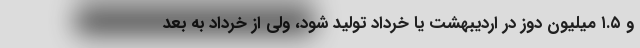
و ۱.۵ میلیون دوز در اردیبهشت یا خرداد تولید شود، ولی از خرداد به بعد